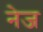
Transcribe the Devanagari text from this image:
नेज